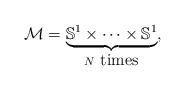
LaTeX: \begin{align*}\mathcal{M}= \underbrace{\mathbb{S}^1 \times \cdots \times \mathbb{S}^1}_{N \ \mbox{times}},\end{align*}